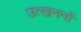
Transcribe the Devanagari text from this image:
उत्‍खननों